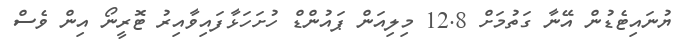
ޔުނައިޓެޑުން އޭނާ ގަތުމަށް 12.8 މިލިއަން ޕައުންޑް ހުށަހަޅާފައިވާއިރު ޓޮރީނޯ އިން ވެސް